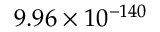
9 . 9 6 \times 1 0 ^ { - 1 4 0 }